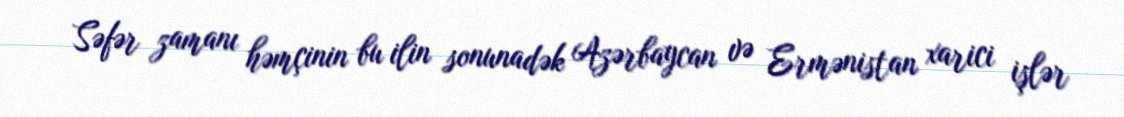
Səfər zamanı həmçinin bu ilin sonunadək Azərbaycan və Ermənistan xarici işlər